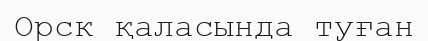
Орск қаласында туған